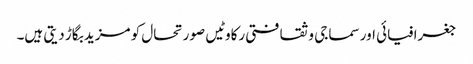
جغرافیائی اور سماجی و ثقافتی رکاوٹیں صورتحال کو مزید بگاڑ دیتی ہیں۔